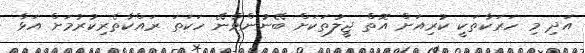
އަދި މި ހަރަކާތަކީ ކުރިއަށް އޮތް ޖީލުތަކަށް ބޭނުންވާނޭ ހަކަތަ ރައްކާތެރިކުރުމަށް އަޅާ